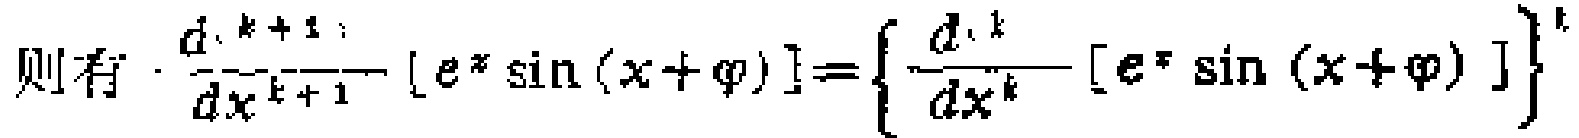
则有 \(\frac{d^{k + 1}}{dx^{k + 1}} [e^{x} \sin(x + \varphi)] = \left\{\frac{d^{k}}{dx^{k}} [e^{x} \sin(x + \varphi)]\right\}'\)